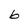
Character: 6